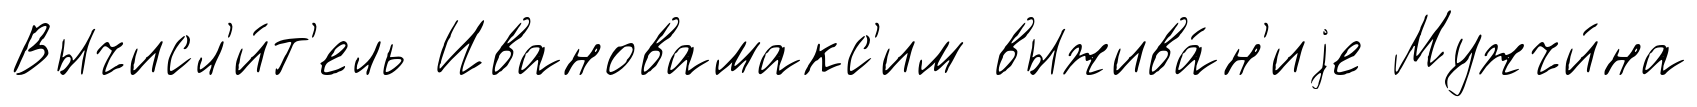
Вычисл'и́т'ель Ивановамакс'им выжива́н'иjе Мужчи́на